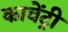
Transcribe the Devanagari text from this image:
कावेंट्री